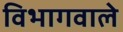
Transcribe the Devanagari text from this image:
विभागवाले